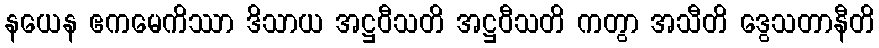
နယေန ဧကမေကိဿာ ဒိသာယ အဋ္ဌဝီသတိ အဋ္ဌဝီသတိ ကတွာ အသီတိ ဒွေသတာနီတိ